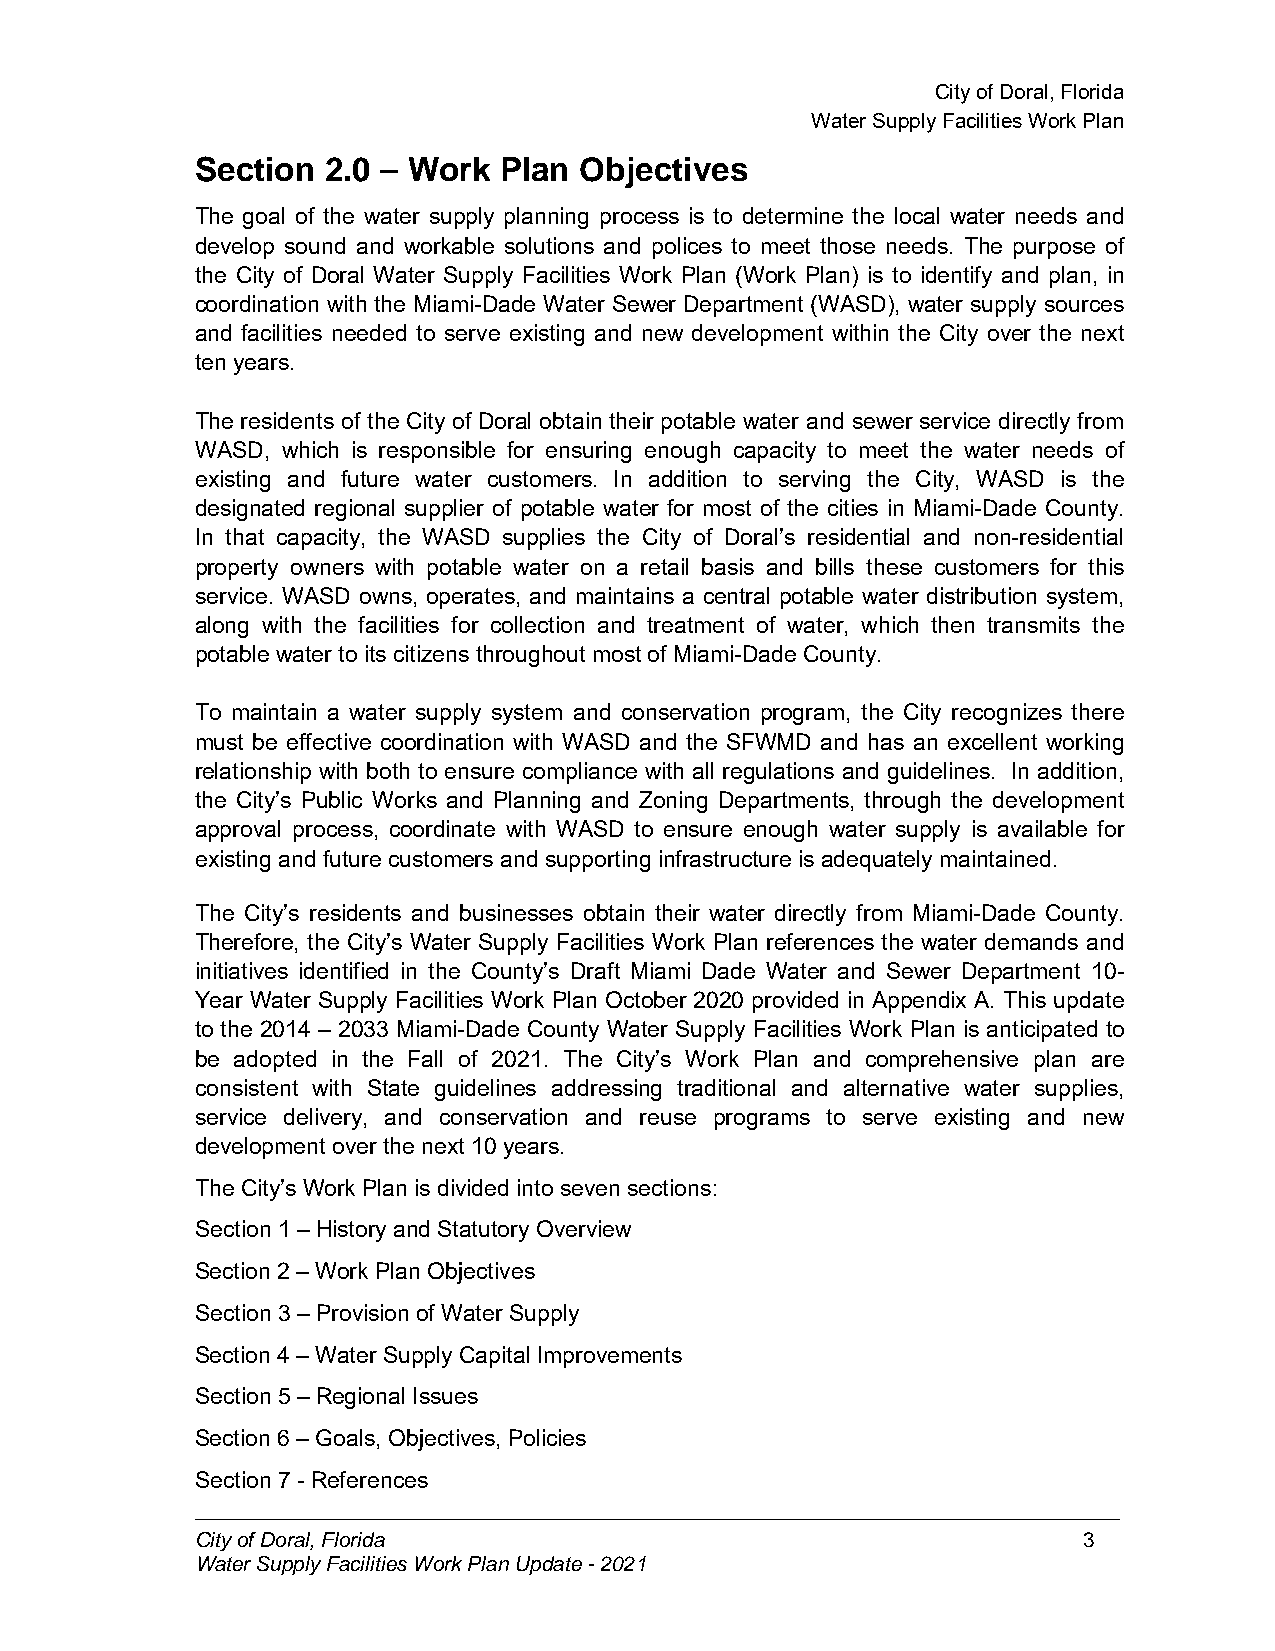
CityofDoral,Florida
 WaterSupplyFacilitiesWorkPlan
 Section 2.0 – Work  Plan Objectives
 The goal of the water supply planning process is to determine the local water needs and
 develop sound and workable solutions and polices to meet those needs. The purpose of
 the City of Doral Water Supply Facilities Work Plan (Work Plan) is to identify and plan, in
 coordination with the Miami-Dade Water Sewer Department (WASD), water supply sources
 and facilities needed to serve existing and new development within the City over the next
 ten years.
 The residents of the City of Doral obtain their potable water and sewer service directly from
 WASD, which is responsible for ensuring enough capacity to meet the water needs of
 existing and future water customers. In addition to serving the City, WASD is the
 designated regional supplier of potable water for most of the cities in Miami-Dade County.
 In that capacity, the WASD supplies the City of Doral’s residential and non-residential
 property owners with potable water on a retail basis and bills these customers for this
 service. WASD owns, operates, and maintains a central potable water distribution system,
 along with the facilities for collection and treatment of water, which then transmits the
 potable water to its citizens throughoutmost of Miami-Dade County.
 To maintain a water supply system and conservation program, the City recognizes there
 must be effective coordination with WASD and the SFWMD and has an excellent working
 relationship with both to ensure compliance with all regulations and guidelines. In addition,
 the City’s Public Works and Planning and Zoning Departments, through the development
 approval process, coordinate with WASD to ensure enough water supply is available for
 existing andfuturecustomers andsupporting infrastructureis adequately maintained.
 The City’s residents and businesses obtain their water directly from Miami-Dade County.
 Therefore, the City’s Water Supply Facilities Work Plan references the water demands and
 initiatives identified in the County’s Draft Miami Dade Water and Sewer Department 10-
 Year Water Supply Facilities Work Plan October 2020 provided in Appendix A. This update
 to the 2014 – 2033 Miami-Dade County Water Supply Facilities Work Plan is anticipated to
 be adopted in the Fall of 2021. The City’s Work Plan and comprehensive plan are
 consistent with State guidelines addressing traditional and alternative water supplies,
 service delivery, and conservation and reuse programs to serve existing and new
 development over thenext 10years.
 The City’s Work Plan is divided into sevensections:
 Section 1 –History andStatutory Overview
 Section 2 –Work Plan Objectives
 Section 3 –Provision of Water Supply
 Section 4 –Water Supply Capital Improvements
 Section 5 –Regional Issues
 Section 6 –Goals, Objectives, Policies
 Section 7- References
 CityofDoral,Florida                                        3
 WaterSupplyFacilitiesWorkPlanUpdate-2021